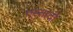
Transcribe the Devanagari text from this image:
एस्तादो